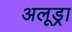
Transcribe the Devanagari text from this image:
अलूड्रा